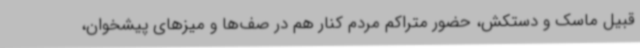
قبیل ماسک و دستکش، حضور متراکم مردم کنار هم در صف‌ها و میزهای پیشخوان،